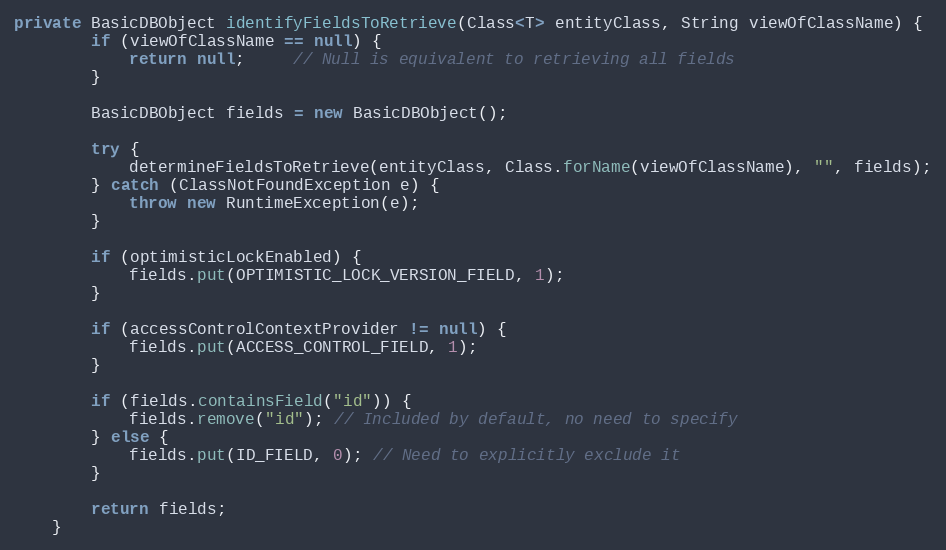
Language: Java
private BasicDBObject identifyFieldsToRetrieve(Class<T> entityClass, String viewOfClassName) {
        if (viewOfClassName == null) {
            return null;     // Null is equivalent to retrieving all fields
        }

        BasicDBObject fields = new BasicDBObject();

        try {
            determineFieldsToRetrieve(entityClass, Class.forName(viewOfClassName), "", fields);
        } catch (ClassNotFoundException e) {
            throw new RuntimeException(e);
        }

        if (optimisticLockEnabled) {
            fields.put(OPTIMISTIC_LOCK_VERSION_FIELD, 1);
        }

        if (accessControlContextProvider != null) {
            fields.put(ACCESS_CONTROL_FIELD, 1);
        }

        if (fields.containsField("id")) {
            fields.remove("id"); // Included by default, no need to specify
        } else {
            fields.put(ID_FIELD, 0); // Need to explicitly exclude it
        }

        return fields;
    }